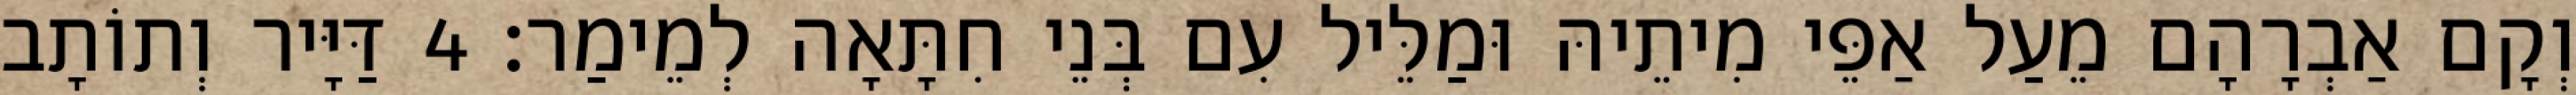
וְקָם אַבְרָהָם מֵעַל אַפֵּי מִיתֵיהּ וּמַלֵּיל עִם בְּנֵי חִתָּאָה לְמֵימַר׃ 4 דַּיָּיר וְתוֹתָב